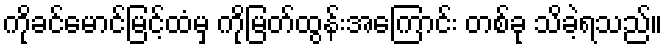
ကိုခင်မောင်မြင့်ထံမှ ကိုမြတ်ထွန်းအကြောင်း တစ်ခု သိခဲ့ရသည်။